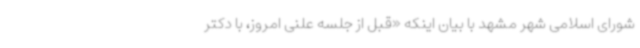
شورای اسلامی شهر مشهد با بیان اینکه «قبل از جلسه علنی امروز، با دکتر